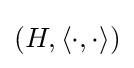
\left(H,\langle \cdot ,\cdot \rangle \right)